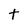
Character: t